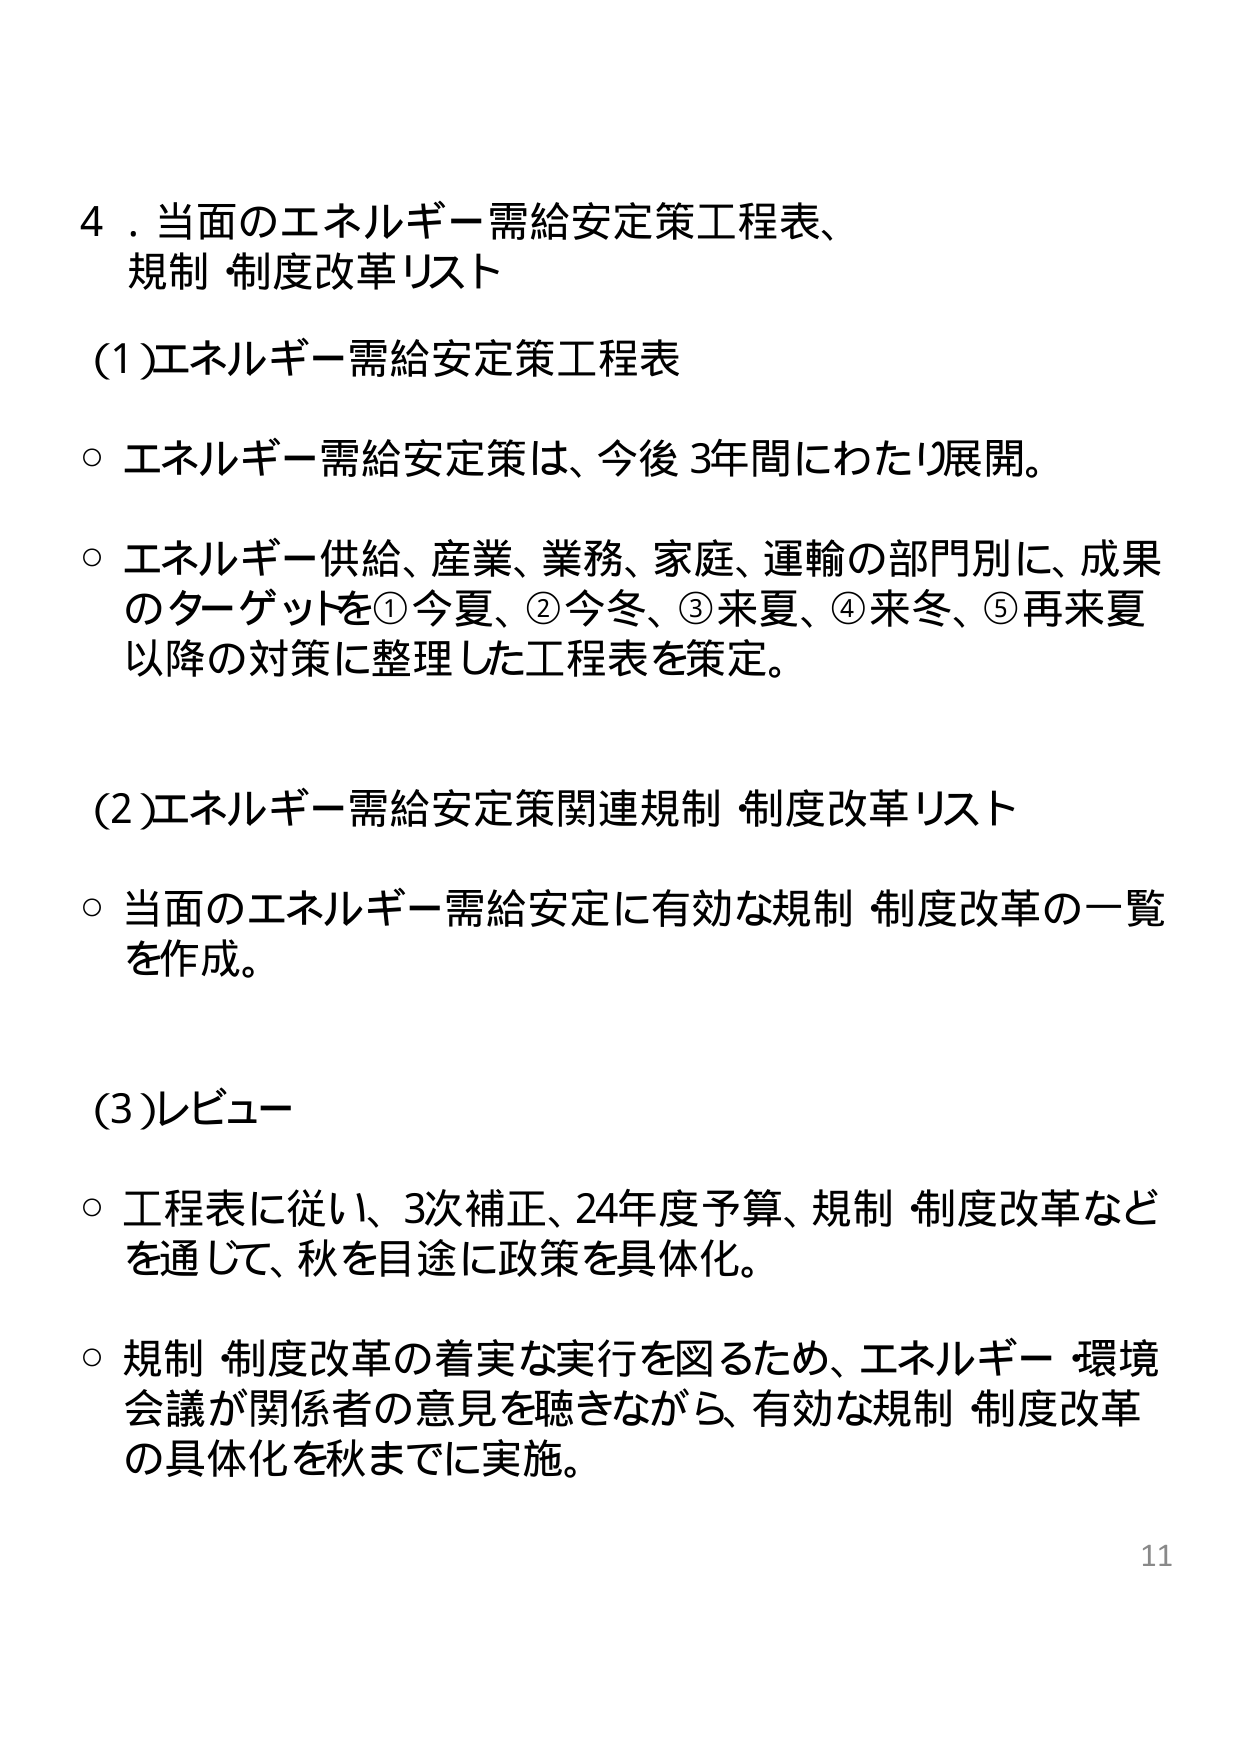
4．当面のエネルギー需給安定策工程表、
規制 制度改革リスト

(1)エネルギー需給安定策工程表

○ エネルギー需給安定策は、今後3年間にわたり展開。

○ エネルギー供給、産業、業務、家庭、運輸の部門別に、成果
のターゲットを①今夏、②今冬、③来夏、④来冬、⑤再来夏
以降の対策に整理した工程表を策定。

(2)エネルギー需給安定策関連規制 制度改革リスト

○ 当面のエネルギー需給安定に有効な規制 制度改革の一覧
を作成。

(3)レビュー

○ 工程表に従い、3次補正、24年度予算、規制 制度改革など
を通じて、秋を目途に政策を具体化。

○ 規制 制度改革の着実な実行を図るため、エネルギー・環境
会議が関係者の意見を聴きながら、有効な規制 制度改革
の具体化を秋までに実施。

11